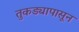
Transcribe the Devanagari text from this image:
तुकड्यापासून